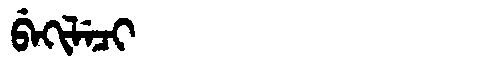
Manchu: ᠪᡝᡴᡳᠯᡝᠴᡳ
Romanization: BEKILECI